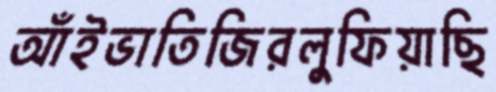
আঁইভাতিজিরলুফিয়াছি